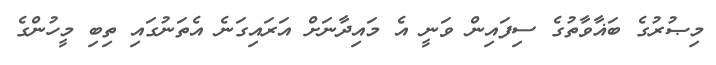
މިޞުރުގެ ބަޣާވާތުގެ ސިފައިން ވަނީ އެ މައިދާނަށް އަރައިގަނެ އެތަނުގައި ތިބި މީހުންގެ